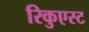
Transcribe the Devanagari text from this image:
रिकुएस्ट